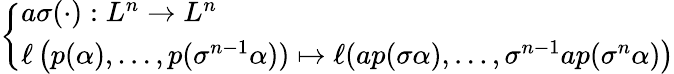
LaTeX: \left\{ \begin{array}{ll}{a\sigma(\cdot):L^{n}\to L^{n}}\\ {\ell\left(p(\alpha),\ldots,p(\sigma^{n-1}\alpha))\mapsto\ell(ap(\sigma\alpha),\ldots,\sigma^{n-1}ap(\sigma^{n}\alpha)\right)}\end{array}\right.